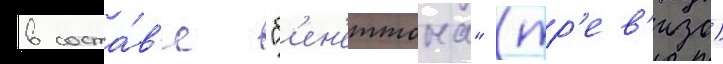
в соста́в'е "б'ен'еттона" (тр'ев'изо)